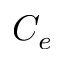
C _ { e }